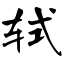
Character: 轼